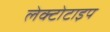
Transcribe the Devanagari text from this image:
लेक्टोटाइप